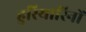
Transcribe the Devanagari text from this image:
हुरियारिनों